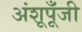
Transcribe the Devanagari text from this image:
अंशूपूँजी